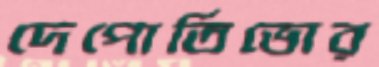
দেপোর্তিভোর